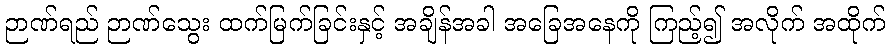
ဉာဏ်ရည် ဉာဏ်သွေး ထက်မြက်ခြင်းနှင့် အချိန်အခါ အခြေအနေကို ကြည့်၍ အလိုက် အထိုက်